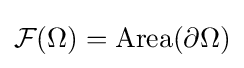
{\mathcal {F}}(\Omega )={\mbox{Area}}(\partial \Omega )